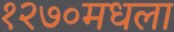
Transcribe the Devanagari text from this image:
१२७०मधला